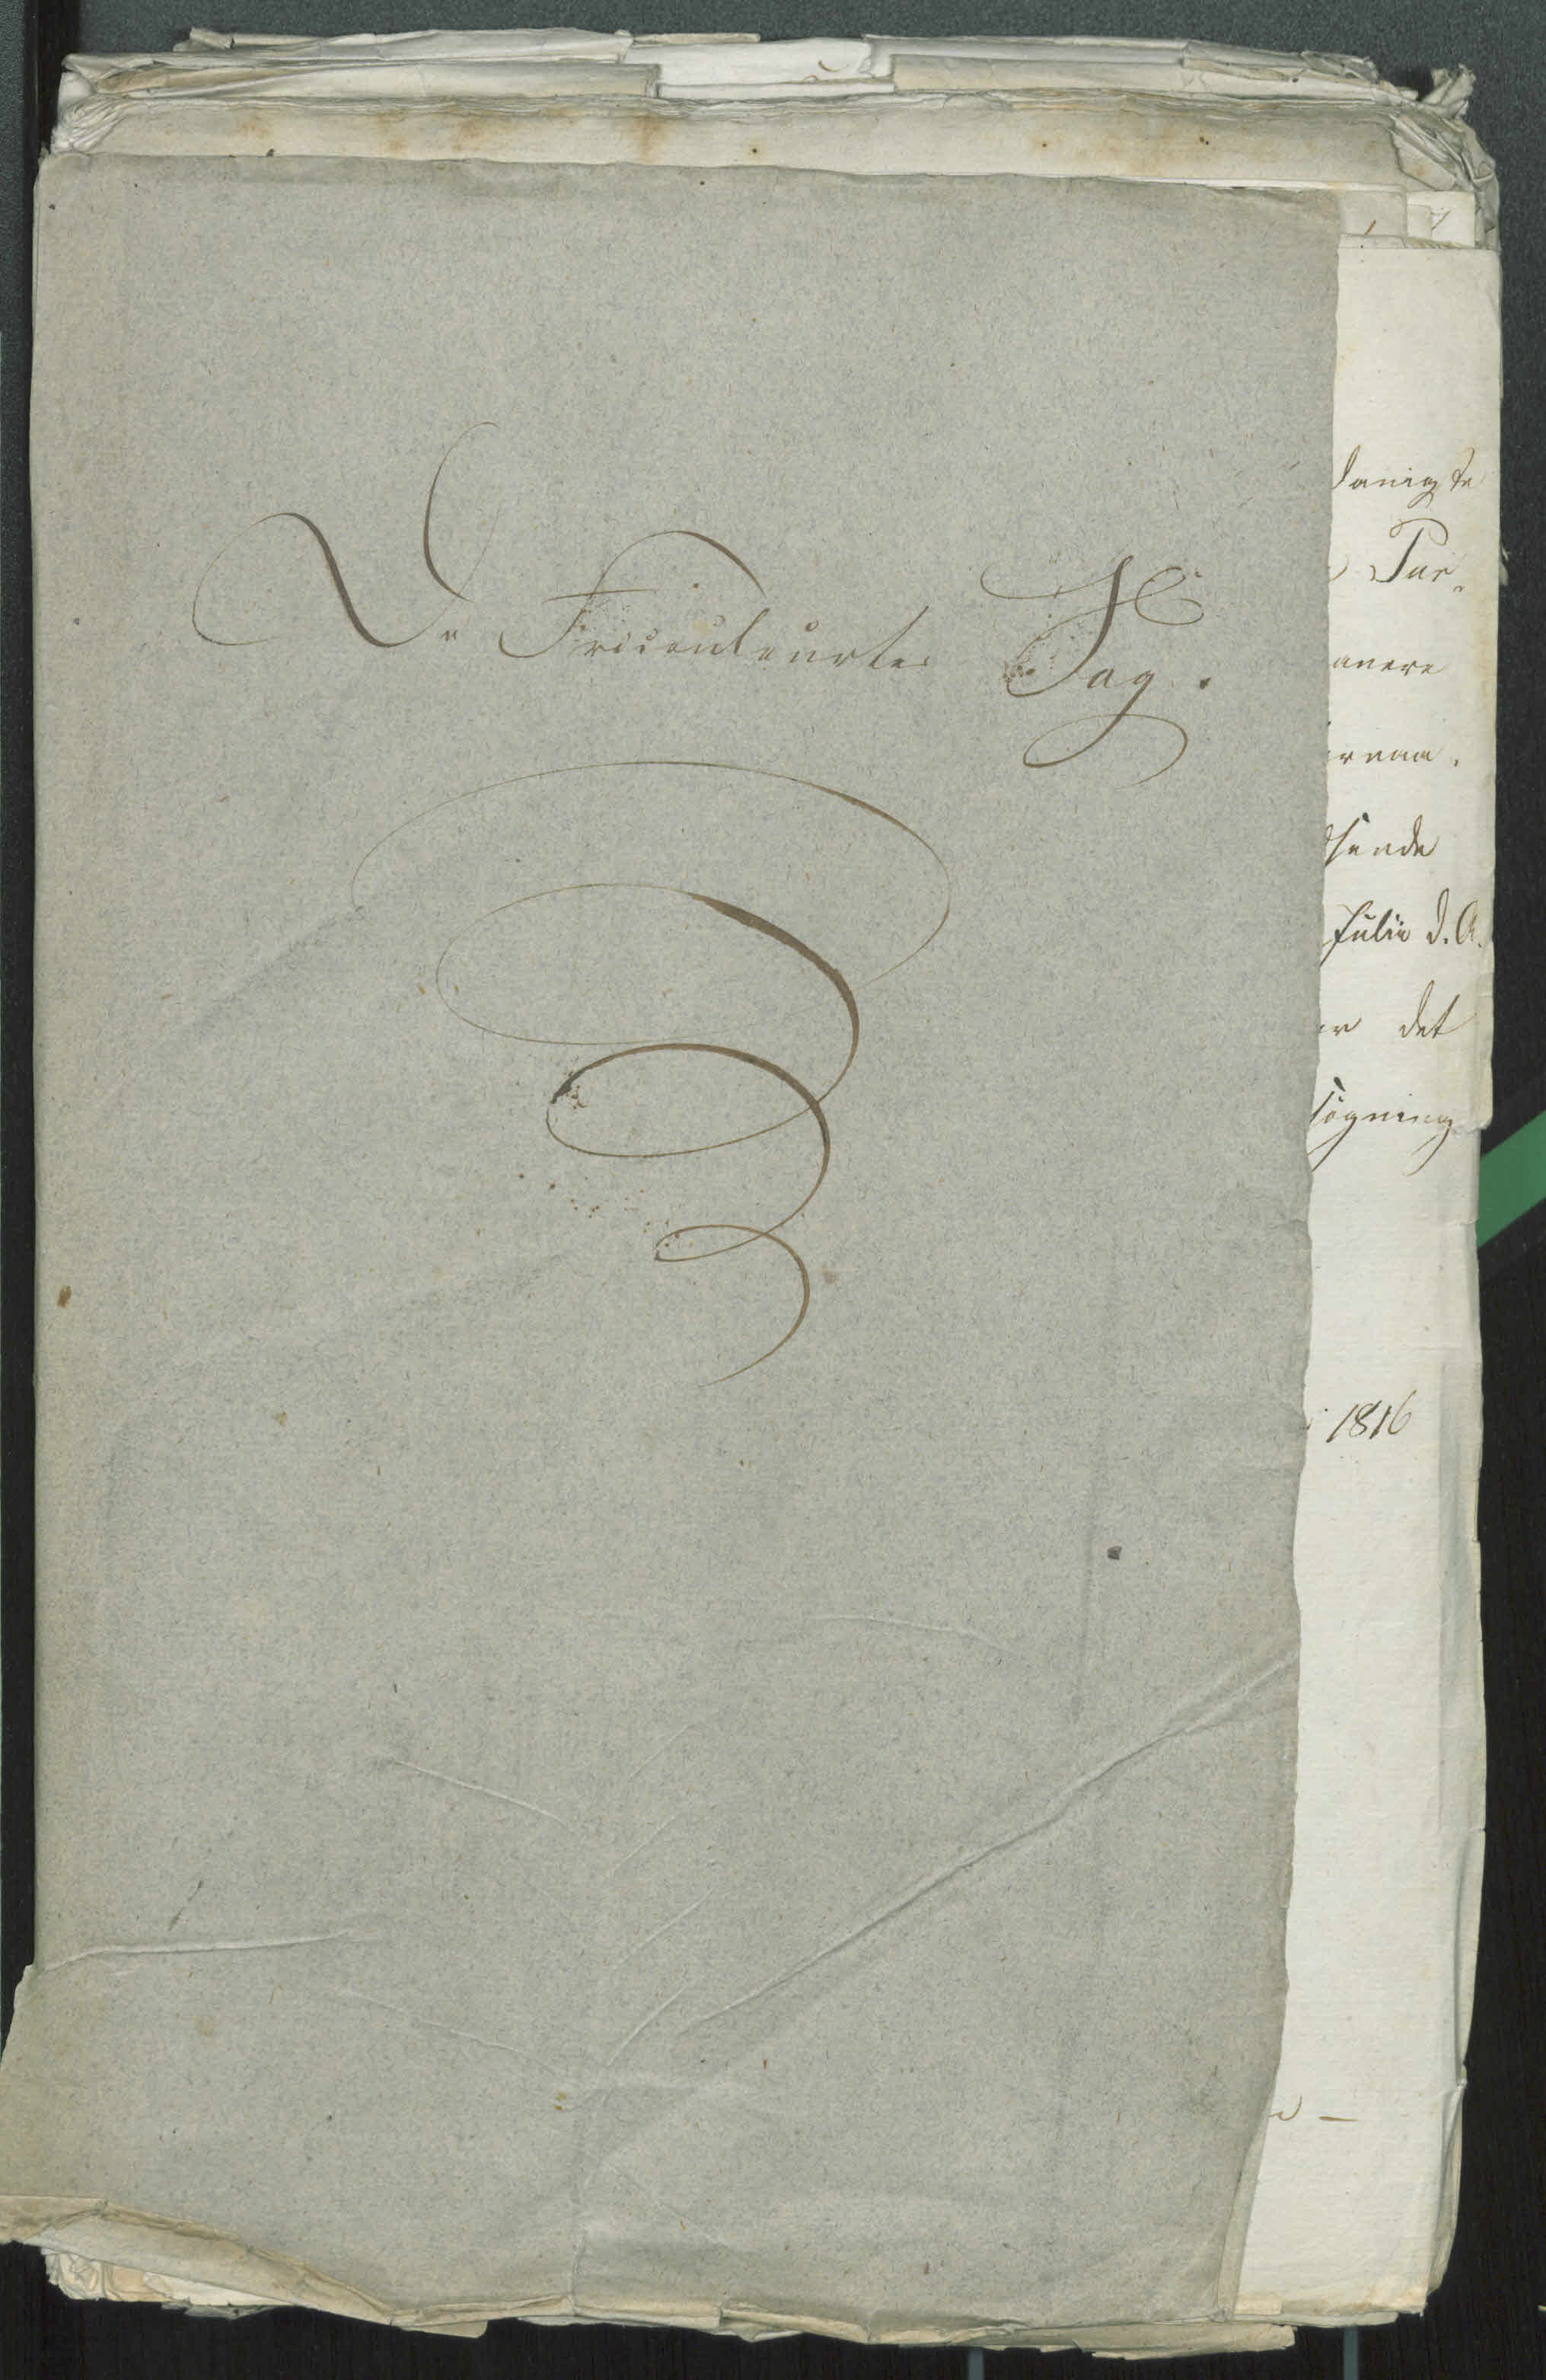
Transkription:
De Fricouleurtes Sag.